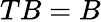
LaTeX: TB=B